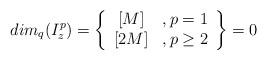
LaTeX: \begin{align*}dim_q(I^p_z)=\left\{\begin{array}{cc} {[M]}&,p=1\\ {[2M]}&,p\geq2\end{array}\right\}=0\end{align*}